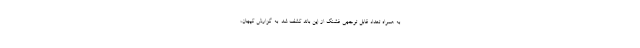
به همراه تعداد قابل توجهی فشنگ از این باند کشف شد. به گزارش کیهان،